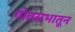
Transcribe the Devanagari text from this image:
गोतसभातून